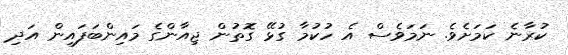
ކުރާނެ ކަމަށެވެ. ނަމަވެސް އެ ހުކުމާ ގުޅޭ ގޮތުން ޖިއާންގެ މައިންބަފައިން އަދި